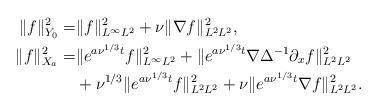
LaTeX: \begin{align*}\|f\|_{Y_0}^2=&\|f\|_{L^{\infty}L^2}^2+\nu\|\nabla f\|_{L^{2}L^2}^2,\\ \|f\|_{X_a}^2=&\|e^{a\nu^{1/3}t}f\|_{L^{\infty}L^2}^2+\|e^{a\nu^{1/3}t}\nabla\Delta^{-1}\partial_x f\|_{L^{2}L^2}^2\\&+\nu^{1/3}\|e^{a\nu^{1/3}t} f\|_{L^{2}L^2}^2+\nu\|e^{a\nu^{1/3}t}\nabla f\|_{L^{2}L^2}^2.\end{align*}